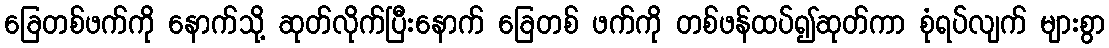
ခြေတစ်ဖက်ကို နောက်သို့ ဆုတ်လိုက်ပြီးနောက် ခြေတစ် ဖက်ကို တစ်ဖန်ထပ်၍ဆုတ်ကာ စုံရပ်လျက် များစွာ